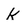
Character: k